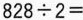
$$8 2 8 \div 2 =$$